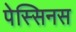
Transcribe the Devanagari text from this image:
पेस्सिनस